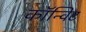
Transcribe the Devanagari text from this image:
कॉन्विट